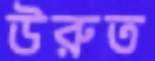
উরুত